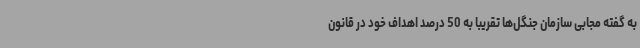
به گفته مجابی سازمان جنگل‌ها تقریبا به 50 درصد اهداف خود در قانون